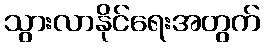
သွားလာနိုင်ရေးအတွက်